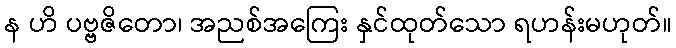
န ဟိ ပဗ္ဗဇိတော၊ အညစ်အကြေး နှင်ထုတ်သော ရဟန်းမဟုတ်။